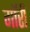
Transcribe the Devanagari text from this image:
गॉरी